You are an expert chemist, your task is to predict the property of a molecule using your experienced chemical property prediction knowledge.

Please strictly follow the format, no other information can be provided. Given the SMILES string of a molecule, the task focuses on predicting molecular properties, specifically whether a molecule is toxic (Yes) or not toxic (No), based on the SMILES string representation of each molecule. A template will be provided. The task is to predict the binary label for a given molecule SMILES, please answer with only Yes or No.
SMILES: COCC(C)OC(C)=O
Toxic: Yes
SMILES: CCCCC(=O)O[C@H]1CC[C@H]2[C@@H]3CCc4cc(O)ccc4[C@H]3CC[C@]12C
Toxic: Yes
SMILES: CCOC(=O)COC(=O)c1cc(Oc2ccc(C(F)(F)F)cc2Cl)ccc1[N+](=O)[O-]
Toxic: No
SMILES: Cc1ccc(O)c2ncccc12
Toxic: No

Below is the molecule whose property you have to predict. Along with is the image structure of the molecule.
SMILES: Cc1cc2nc3ccc(N(C)C)cc3[s+]c2cc1N
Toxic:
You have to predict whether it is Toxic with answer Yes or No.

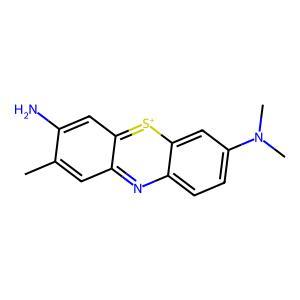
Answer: No